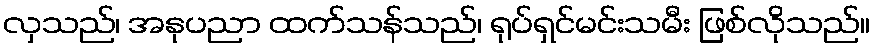
လှသည်၊ အနုပညာ ထက်သန်သည်၊ ရုပ်ရှင်မင်းသမီး ဖြစ်လိုသည်။